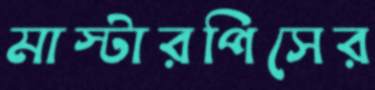
মাস্টারপিসের